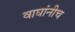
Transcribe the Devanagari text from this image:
वाघांनीच